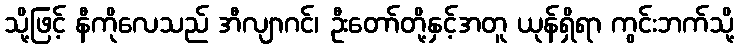
သို့ဖြင့် နီကိုလေသည် အီလျာဂင်၊ ဦးတော်တို့နှင့်အတူ ယုန်ရှိရာ ကွင်းဘက်သို့